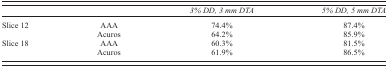
<table><thead><tr><td>[EMPTY_CELL]</td><td>[EMPTY_CELL]</td><td><b><i>3% DD, 3 mm DTA</i></b></td><td><b><i>5% DD, 5 mm DTA</i></b></td></tr></thead><tbody><tr><td rowspan="2">Slice 12</td><td>AAA</td><td>74.4%</td><td>87.4%</td></tr><tr><td>Acuros</td><td>64.2%</td><td>85.9%</td></tr><tr><td rowspan="2">Slice 18</td><td>AAA</td><td>60.3%</td><td>81.5%</td></tr><tr><td>Acuros</td><td>61.9%</td><td>86.5%</td></tr></tbody></table>